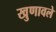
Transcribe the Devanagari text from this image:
खुणावले